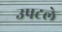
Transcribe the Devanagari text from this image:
उपटले